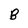
Character: B